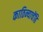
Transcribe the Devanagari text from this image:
काठिन्याचेंहि